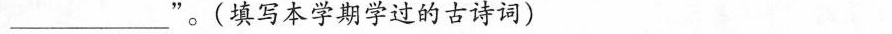
___”。(填写本学期学过的古诗词)